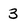
Character: 3